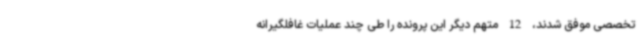
تخصصی موفق شدند، 12 متهم دیگر این پرونده را طی چند عملیات غافلگیرانه